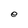
Character: e